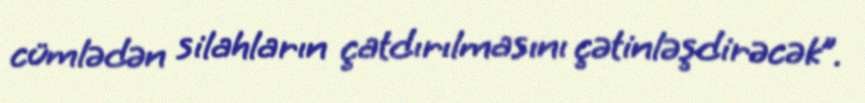
cümlədən silahların çatdırılmasını çətinləşdirəcək”.